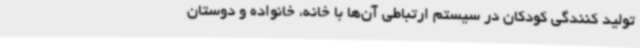
تولید کنندگی کودکان در سیستم ارتباطی آن‌ها با خانه، خانواده و دوستان